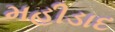
મહીડાદ